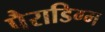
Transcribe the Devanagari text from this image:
पैराडिग्म